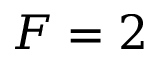
F = 2